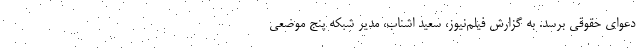
دعوای حقوقی برسد. به گزارش فیلم‌نیوز، سعید اشناب، مدیر شبکه پنج موضعی